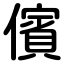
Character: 儐